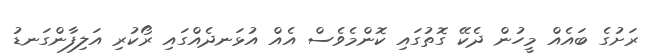
ރަށުގެ ބައެއް މީހުން ދެކޭ ގޮތުގައި ކޮންމެވެސް އެއް އުޅަނދެއްގައި ރޯކުރި އަލިފާންގަނޑު